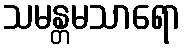
သမန္တမသာရော